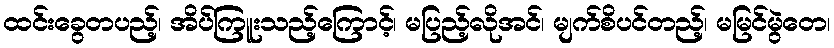
ထင်းခွေတပည့်၊ အိပ်ကြူးသည့်ကြောင့်၊ မပြည့်လိုအင်၊ မျက်စိပင်တည့်၊ မမြင်မွဲတေ၊